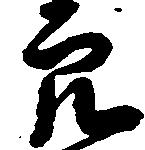
穴